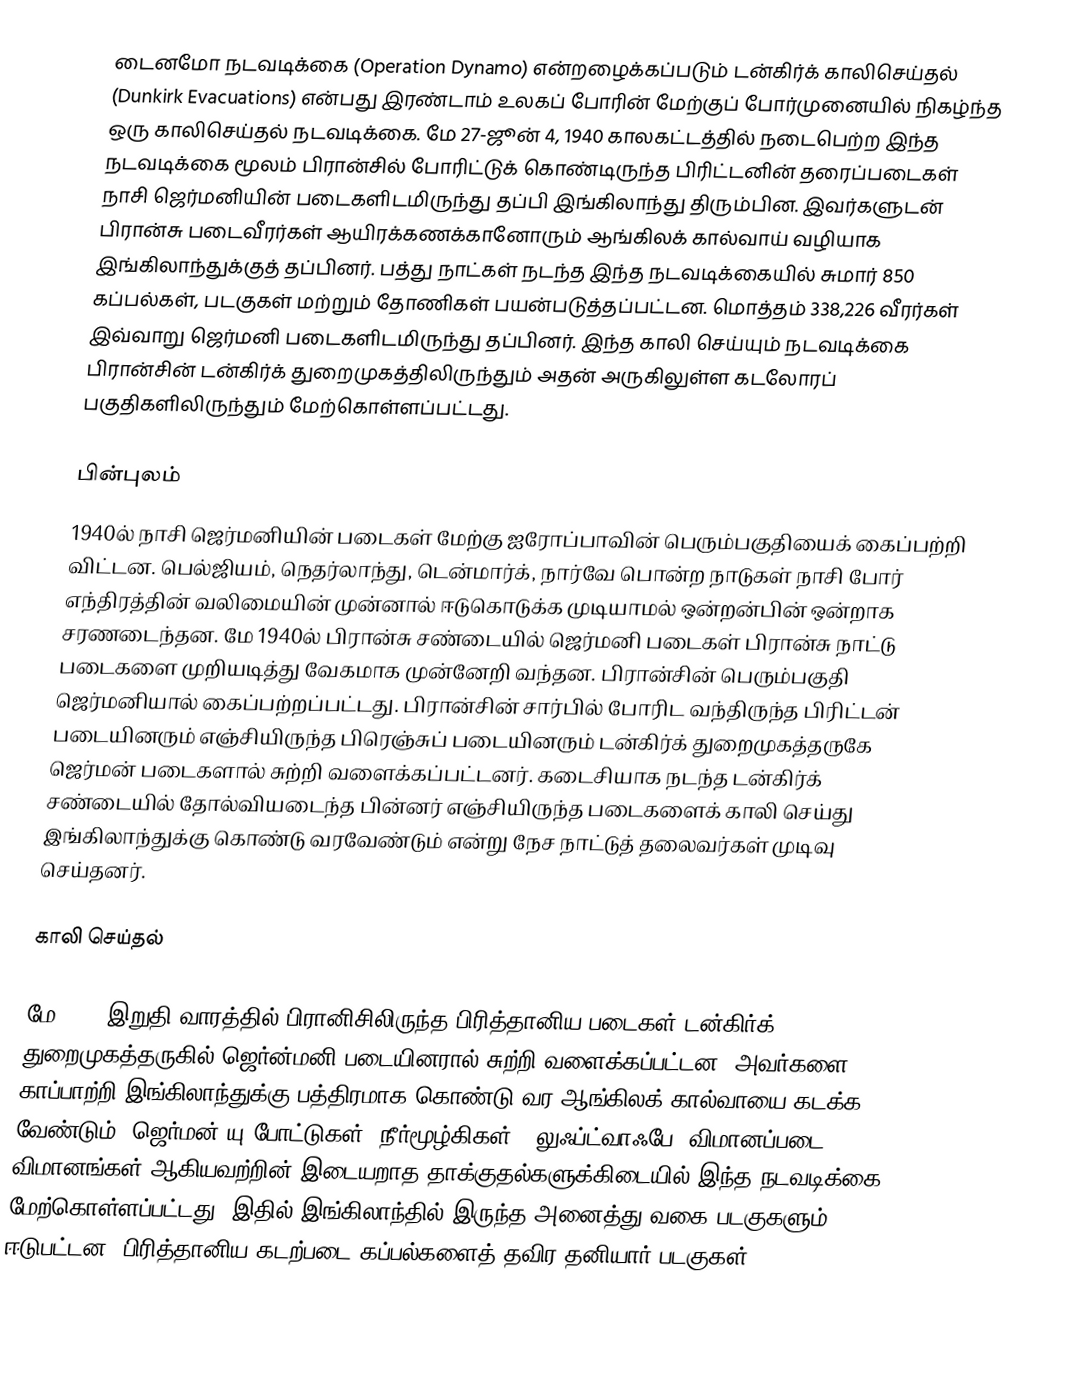
டைனமோ நடவடிக்கை (Operation Dynamo) என்றழைக்கப்படும் டன்கிர்க் காலிசெய்தல் (Dunkirk Evacuations) என்பது இரண்டாம் உலகப் போரின் மேற்குப் போர்முனையில் நிகழ்ந்த ஒரு காலிசெய்தல் நடவடிக்கை. மே 27-ஜூன் 4, 1940 காலகட்டத்தில் நடைபெற்ற இந்த நடவடிக்கை மூலம் பிரான்சில் போரிட்டுக் கொண்டிருந்த பிரிட்டனின் தரைப்படைகள் நாசி ஜெர்மனியின் படைகளிடமிருந்து தப்பி இங்கிலாந்து திரும்பின. இவர்களுடன் பிரான்சு படைவீரர்கள் ஆயிரக்கணக்கானோரும் ஆங்கிலக் கால்வாய் வழியாக இங்கிலாந்துக்குத் தப்பினர். பத்து நாட்கள் நடந்த இந்த நடவடிக்கையில் சுமார் 850 கப்பல்கள், படகுகள் மற்றும் தோணிகள் பயன்படுத்தப்பட்டன. மொத்தம் 338,226 வீரர்கள் இவ்வாறு ஜெர்மனி படைகளிடமிருந்து தப்பினர். இந்த காலி செய்யும் நடவடிக்கை பிரான்சின் டன்கிர்க் துறைமுகத்திலிருந்தும் அதன் அருகிலுள்ள கடலோரப் பகுதிகளிலிருந்தும் மேற்கொள்ளப்பட்டது.

பின்புலம்
1940ல் நாசி ஜெர்மனியின் படைகள் மேற்கு ஐரோப்பாவின் பெரும்பகுதியைக் கைப்பற்றி விட்டன. பெல்ஜியம், நெதர்லாந்து, டென்மார்க், நார்வே பொன்ற நாடுகள் நாசி போர் எந்திரத்தின் வலிமையின் முன்னால் ஈடுகொடுக்க முடியாமல் ஒன்றன்பின் ஒன்றாக சரணடைந்தன. மே 1940ல் பிரான்சு சண்டையில் ஜெர்மனி படைகள் பிரான்சு நாட்டு படைகளை முறியடித்து வேகமாக முன்னேறி வந்தன. பிரான்சின் பெரும்பகுதி ஜெர்மனியால் கைப்பற்றப்பட்டது. பிரான்சின் சார்பில் போரிட வந்திருந்த பிரிட்டன் படையினரும் எஞ்சியிருந்த பிரெஞ்சுப் படையினரும் டன்கிர்க் துறைமுகத்தருகே ஜெர்மன் படைகளால் சுற்றி வளைக்கப்பட்டனர். கடைசியாக நடந்த டன்கிர்க் சண்டையில் தோல்வியடைந்த பின்னர் எஞ்சியிருந்த படைகளைக் காலி செய்து இங்கிலாந்துக்கு கொண்டு வரவேண்டும் என்று நேச நாட்டுத் தலைவர்கள் முடிவு செய்தனர்.

காலி செய்தல்

மே 1940 இறுதி வாரத்தில் பிரானிசிலிருந்த பிரித்தானிய படைகள் டன்கிர்க் துறைமுகத்தருகில் ஜெர்ன்மனி படையினரால் சுற்றி வளைக்கப்பட்டன. அவர்களை காப்பாற்றி இங்கிலாந்துக்கு பத்திரமாக கொண்டு வர ஆங்கிலக் கால்வாயை கடக்க வேண்டும். ஜெர்மன் யு-போட்டுகள் (நீர்மூழ்கிகள்), லுஃப்ட்வாஃபே (விமானப்படை) விமானங்கள் ஆகியவற்றின் இடையறாத தாக்குதல்களுக்கிடையில் இந்த நடவடிக்கை மேற்கொள்ளப்பட்டது. இதில் இங்கிலாந்தில் இருந்த அனைத்து வகை படகுகளும் ஈடுபட்டன. பிரித்தானிய கடற்படை கப்பல்களைத் தவிர தனியார் படகுகள்,